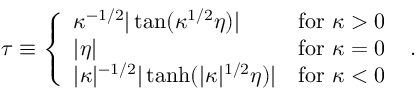
\tau \equiv \left\{ \begin{array} { l l } { { \kappa ^ { - 1 / 2 } | \tan ( \kappa ^ { 1 / 2 } \eta ) | } } & { { \mathrm { f o r } \ \kappa > 0 } } \\ { { | \eta | } } & { { \mathrm { f o r } \ \kappa = 0 } } \\ { { | \kappa | ^ { - 1 / 2 } | \operatorname { t a n h } ( | \kappa | ^ { 1 / 2 } \eta ) | } } & { { \mathrm { f o r } \ \kappa < 0 } } \end{array} \right. \ .